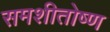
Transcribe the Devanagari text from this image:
समशीतोष्‍ण